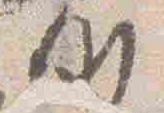
例